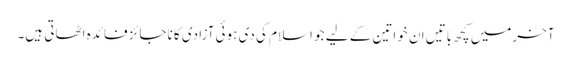
آخرمیں کچھ باتیں ان خواتین کے لیے جو اسلام کی دی ہوئی آزادی کا ناجائز فائدہ اٹھاتی ہیں۔